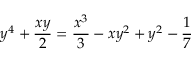
y ^ { 4 } + { \frac { x y } { 2 } } = { \frac { x ^ { 3 } } { 3 } } - x y ^ { 2 } + y ^ { 2 } - { \frac { 1 } { 7 } }